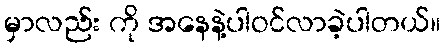
မှာလည်း ကို အနေနဲ့ပါဝင်လာခဲ့ပါတယ်။